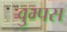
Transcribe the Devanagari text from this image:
वुम्पस